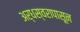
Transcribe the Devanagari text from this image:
अर्धस्वरापासून